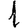
Digit: 1